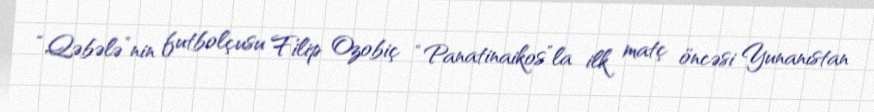
“Qəbələ”nin futbolçusu Filip Ozobiç “Panatinaikos”la ilk matç öncəsi Yunanıstan